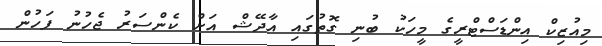
މިއުޒިކް އިންޑަސްޓްރީގެ މީހަކު ބުނި ގޮތުގައި އާދޭޝް އަށް ކެންސަރު ޖެހުނު ފަހުން